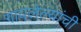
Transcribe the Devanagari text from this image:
गायलेल्यांची